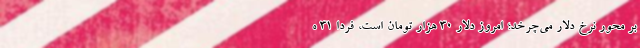
بر محور نرخ دلار می‌چرخد؛ امروز دلار ۳۰ هزار تومان است، فردا ۳۱ ه